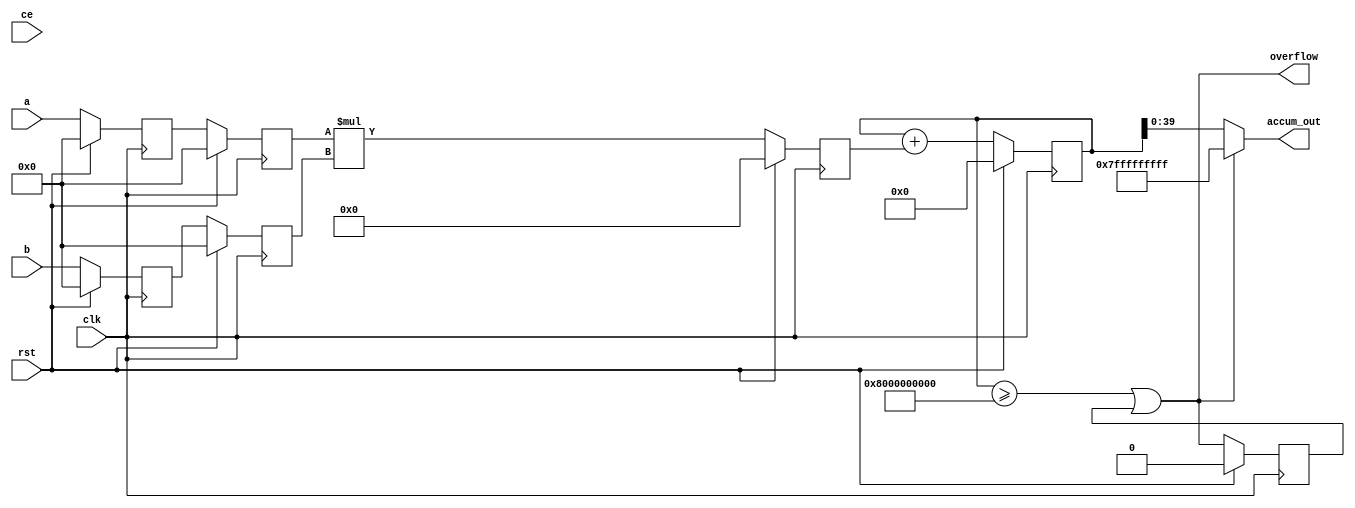
module macc2 # (parameter SIZEIN = 16, SIZEOUT = 40) (
	input clk,
	input ce,
	input rst,
	input signed [SIZEIN-1:0] a, b,
	output signed [SIZEOUT-1:0] accum_out,
	output overflow
);
reg signed [SIZEIN-1:0] a_reg = 0, b_reg = 0, a_reg2 = 0, b_reg2 = 0;
reg signed [2*SIZEIN-1:0] mult_reg = 0;
reg signed [SIZEOUT:0] adder_out = 0;
reg overflow_reg = 0;
always @(posedge clk) begin
	begin
		a_reg <= a;
		b_reg <= b;
		a_reg2 <= a_reg;
		b_reg2 <= b_reg;
		mult_reg <= a_reg2 * b_reg2;
		adder_out <= adder_out + mult_reg;
		overflow_reg <= overflow;
	end
	if (rst) begin
		a_reg <= 0;
		a_reg2 <= 0;
		b_reg <= 0;
		b_reg2 <= 0;
		mult_reg <= 0;
		adder_out <= 0;
		overflow_reg <= 1'b0;
	end
end
assign overflow = (adder_out >= 2**(SIZEOUT-1)) | overflow_reg;
assign accum_out = overflow ? 2**(SIZEOUT-1)-1 : adder_out;
endmodule